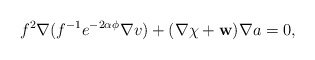
\begin{align*}f^2\nabla (f^{-1}e^{-2\alpha\phi}\nabla v)+(\nabla\chi +{\bf w})\nabla a=0,\end{align*}